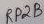
Text: RP2B